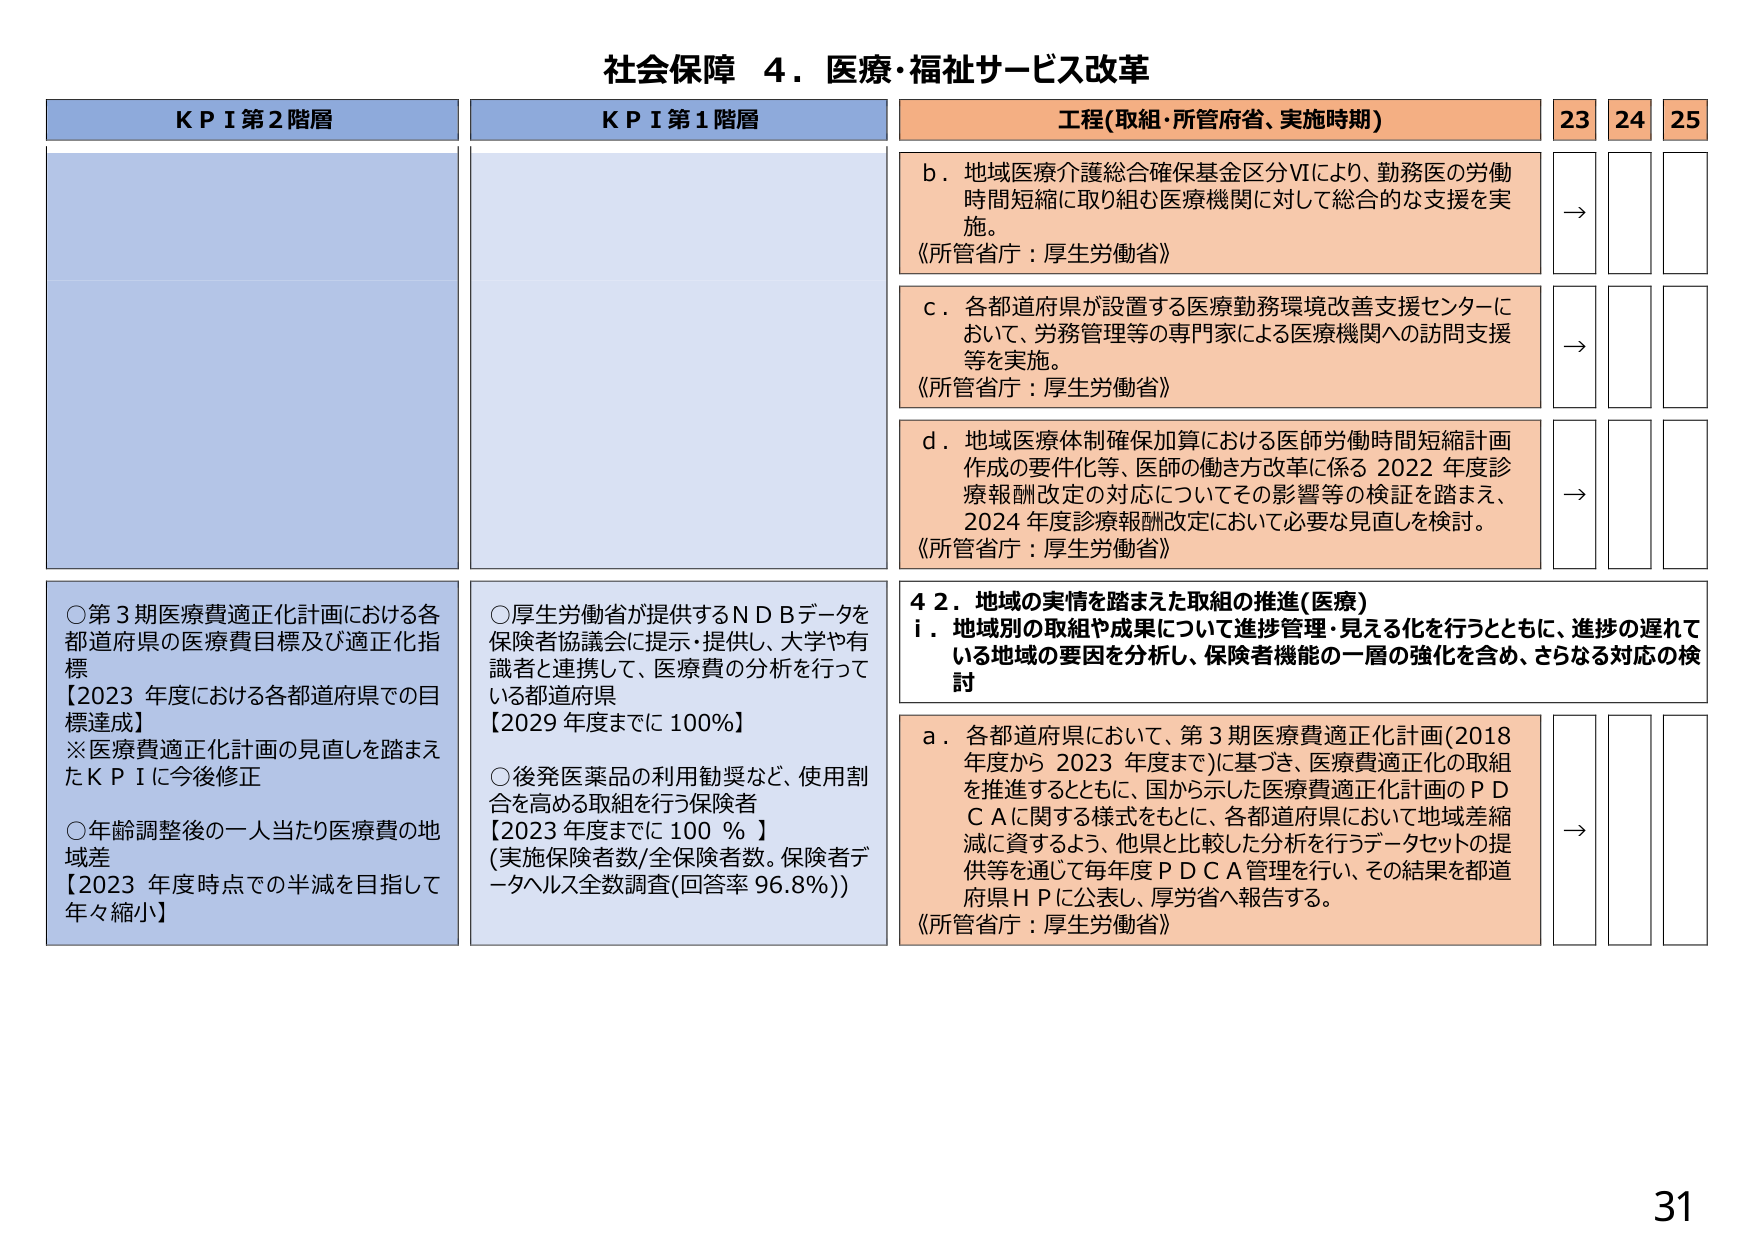
社会保障 ４．医療・福祉サービス改革

KPI第2階層
○第3期医療費適正化計画における各都道府県の医療費目標及び適正化指標
【2023年度における各都道府県での目標達成】
※医療費適正化計画の見直しを踏まえたKPIに今後修正
○年齢調整後の一人当たり医療費の地域差
【2023年度時点での半減を目指して年々縮小】

KPI第1階層
○厚生労働省が提供するNDBデータを保険者協議会に提示・提供し、大学や有識者と連携して、医療費の分析を行っている都道府県
【2029年度までに100%】
○後発医薬品の利用勧奨など、使用割合を高める取組を行う保険者
【2023年度までに100%】
（実施保険者数/全保険者数。保険者データヘルス全数調査(回答率96.8%)）

工程(取組・所管府省、実施時期)
23 24 25
b．地域医療介護総合確保基金区分Ⅵにより、勤務医の労働時間短縮に取り組む医療機関に対して総合的な支援を実施。
《所管省庁：厚生労働省》
→
c．各都道府県が設置する医療勤務環境改善支援センターにおいて、労務管理等の専門家による医療機関への訪問支援等を実施。
《所管省庁：厚生労働省》
→
d．地域医療体制確保加算における医師労働時間短縮計画作成の要件化等、医師の働き方改革に係る2022年度診療報酬改定の対応についてその影響等の検証を踏まえ、2024年度診療報酬改定において必要な見直しを検討。
《所管省庁：厚生労働省》
→

42．地域の実情を踏まえた取組の推進(医療)
i．地域別の取組や成果について進捗管理・見える化を行うとともに、進捗の遅れている地域の要因を分析し、保険者機能の一層の強化を含め、さらなる対応の検討
a．各都道府県において、第3期医療費適正化計画(2018年度から2023年度まで)に基づき、医療費適正化の取組を推進するとともに、国から示した医療費適正化計画のPDCAに関する様式をもとに、各都道府県において地域差縮減に資するよう、他県と比較した分析を行うデータセットの提供等を通じて毎年度PDCA管理を行い、その結果を都道府県HPに公表し、厚労省へ報告する。
《所管省庁：厚生労働省》
→

31